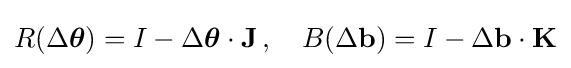
R(\Delta {\boldsymbol {\theta }})=I-\Delta {\boldsymbol {\theta }}\cdot \mathbf {J} \,,\quad B(\Delta \mathbf {b} )=I-\Delta \mathbf {b} \cdot \mathbf {K}